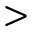
>